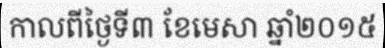
កាលពីថ្ងៃទី៣ ខែមេសា ឆ្នាំ២០១៥